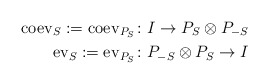
\begin{align*} \mathrm{coev}_S:=\mathrm{coev}_{P_{S}} \colon& I \to P_{S} \otimes P_{-S} \\ \mathrm{ev}_{S}:=\mathrm{ev}_{P_S} \colon& P_{-S} \otimes P_{S} \to I \end{align*}